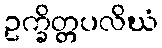
ဥက္ခိတ္တပလိဃံ